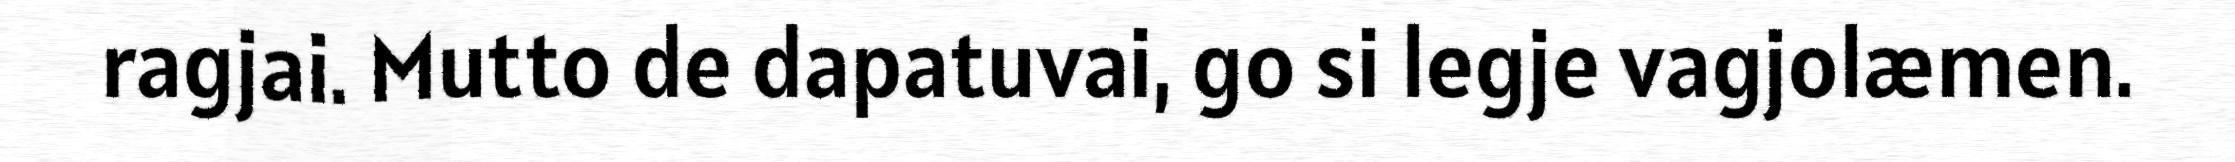
ragjai. Mutto de dapatuvai, go si legje vagjolæmen.